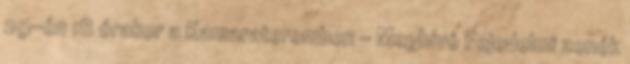
29-én 18 órakor a Kamarateremben – Meghívó Fejedelmi zenék